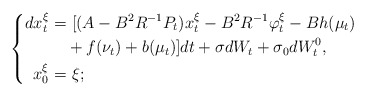
\begin{align*} \left\{ \begin{aligned} dx_t^{\xi}=&~[(A-B^2R^{-1}P_t)x_t^{\xi}-B^2R^{-1}\varphi_t^\xi-Bh(\mu_t)\\&+f(\nu_t)+b(\mu_t)]dt+\sigma dW_t+\sigma_0dW^0_t,\\ x_0^{\xi}=&~\xi; \end{aligned} \right. \end{align*}